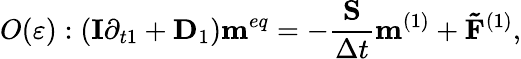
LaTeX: O(\varepsilon):({\mathbf{I}}{\partial_{t1}}+{{\mathbf{D}}_{1}}){{\mathbf{m}}^{eq}}=-\frac{{\mathbf{S}}}{{\Delta t}}{{\mathbf{m}}^{(1)}}+{{\mathbf{\tilde{F}}}^{(1)}},